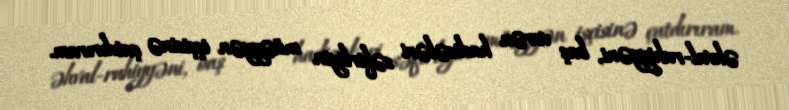
əhval-ruhiyyəni, baş verən hadisələri səfirliyin müəyyən işçisinə çatdırıram.